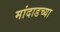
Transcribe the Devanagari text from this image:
मांदाडच्या